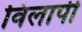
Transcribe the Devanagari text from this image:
विलापी